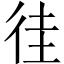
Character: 徍